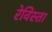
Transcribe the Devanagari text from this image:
रेविस्ता